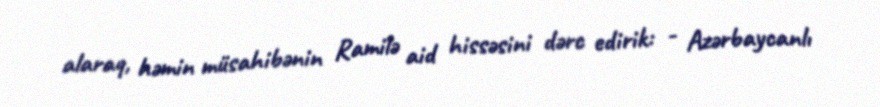
alaraq, həmin müsahibənin Ramilə aid hissəsini dərc edirik: - Azərbaycanlı